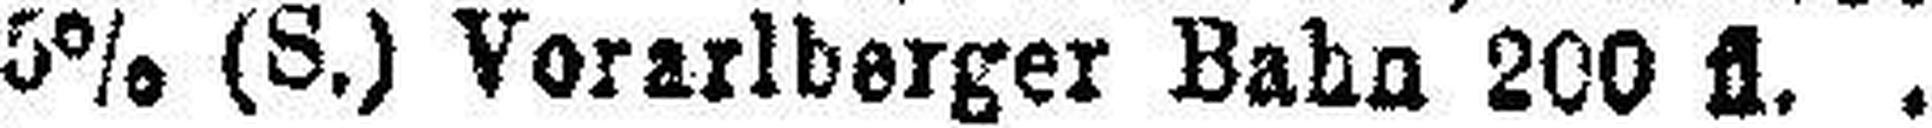
5% (S.) Vorarlberger Bahn 200 fl.